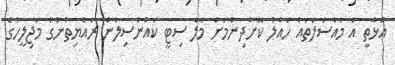
އަޅާތީ އެ މައްސަލަތައް ހައްލު ކޮށްދިނުމަށް މާލެ ސިޓީ ކައުންސިލުން ރައްޔިތުންގެ މަޖިލީހުގެ